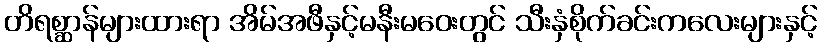
တိရစ္ဆာန်များထားရာ အိမ်အဖီနှင့်မနီးမဝေးတွင် သီးနှံစိုက်ခင်းကလေးများနှင့်